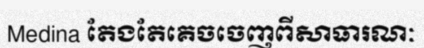
Medina តែងតែគេចចេញពីសាធារណៈ